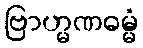
ဗြာဟ္မဏဓမ္မံ